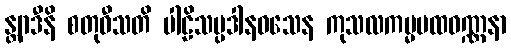
န္တျာဒီနိ စတုဝီသတိ ပါဠိသမ္ပဒါနဝသေန ကုသလကမ္မပထဝဏ္ဏနာ